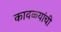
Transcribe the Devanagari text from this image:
कावळ्यांची